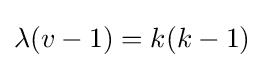
\lambda (v-1)=k(k-1)